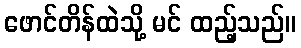
ဖောင်တိန်ထဲသို့ မင် ထည့်သည်။